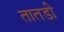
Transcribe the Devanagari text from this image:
तातडी